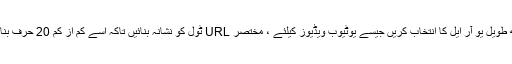
کچھ طویل یو آر ایل کا انتخاب کریں جیسے یوٹیوب ویڈیوز کیلئے ، مختصر URL ٹول کو نشانہ بنائیں تاکہ اسے کم از کم 20 حرف بنادیں۔